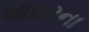
શાઇરના